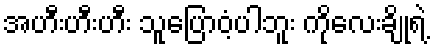
အဟီးဟီးဟီး သူပြောဝံ့ပါဘူး ကိုလေးချိုရဲ့